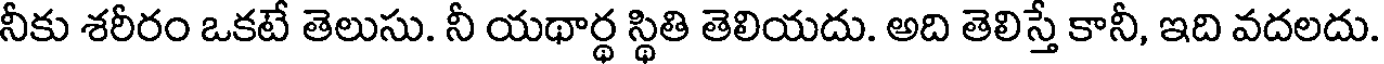
నీకు శరీరం ఒకటే తెలుసు. నీ యథార్థ స్థితి తెలియదు. అది తెలిస్తే కానీ, ఇది వదలదు.